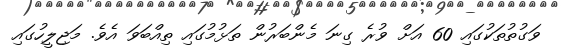
ވަގުތުތަކުގައި 60 އަށް ވުރެ ގިނަ މެންބަރުން ތަޅުމުގައި ތިއްބަވަ އެވެ. މަޖިލީހުގައި